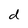
Character: d